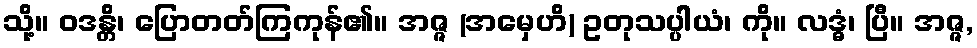
သို့။ ဝဒန္တိ၊ ပြောတတ်ကြကုန်၏။ အဇ္ဇ (အမှေဟိ) ဥတုသပ္ပါယံ၊ ကို။ လဒ္ဓံ၊ ပြီ။ အဇ္ဇ,